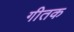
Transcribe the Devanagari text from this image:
गीतक